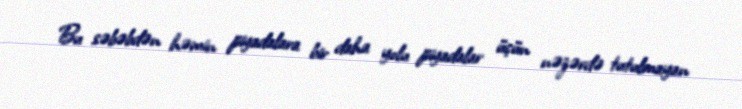
Bu səbəbdən həmin piyadalara bir daha yolu piyadalar üçün nəzərdə tutulmayan